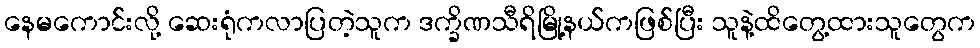
နေမကောင်းလို့ ဆေးရုံကလာပြတဲ့သူက ဒက္ခိဏသီရိမြို့နယ်ကဖြစ်ပြီး သူနဲ့ထိတွေ့ထားသူတွေက